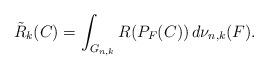
LaTeX: \begin{align*}\tilde{R}_k(C)=\int_{G_{n,k}}R(P_F(C))\,d\nu_{n,k}(F).\end{align*}